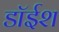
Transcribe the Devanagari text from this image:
डॉईश